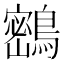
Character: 𪅮